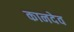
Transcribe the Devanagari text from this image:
कानदेव